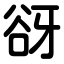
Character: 谺